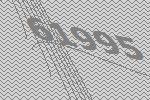
61995